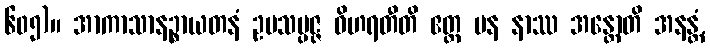
၆၀၅)။ အာကာသာနဉ္စာယတနံ ဥပသမ္ပဇ္ဇ ဝိဟရတီတိ ဧတ္ထ ပန နာဿ အန္တောတိ အနန္တံ,